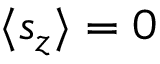
\langle s _ { z } \rangle = 0